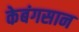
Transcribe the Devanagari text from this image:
केबंगसान